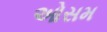
ઓસમ